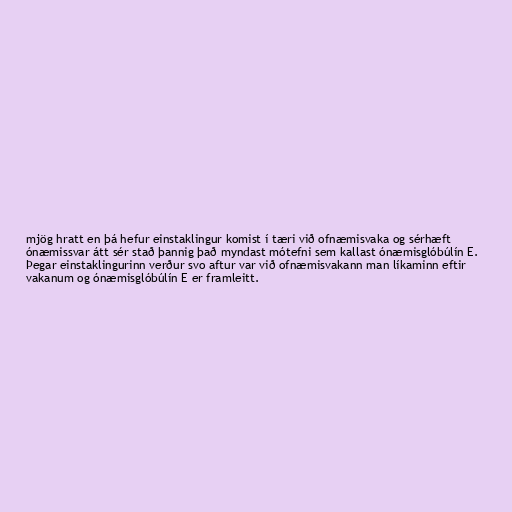
mjög hratt en þá hefur einstaklingur komist í tæri við ofnæmisvaka og sérhæft
ónæmissvar átt sér stað þannig það myndast mótefni sem kallast ónæmisglóbúlín E.
Þegar einstaklingurinn verður svo aftur var við ofnæmisvakann man líkaminn eftir
vakanum og ónæmisglóbúlín E er framleitt.